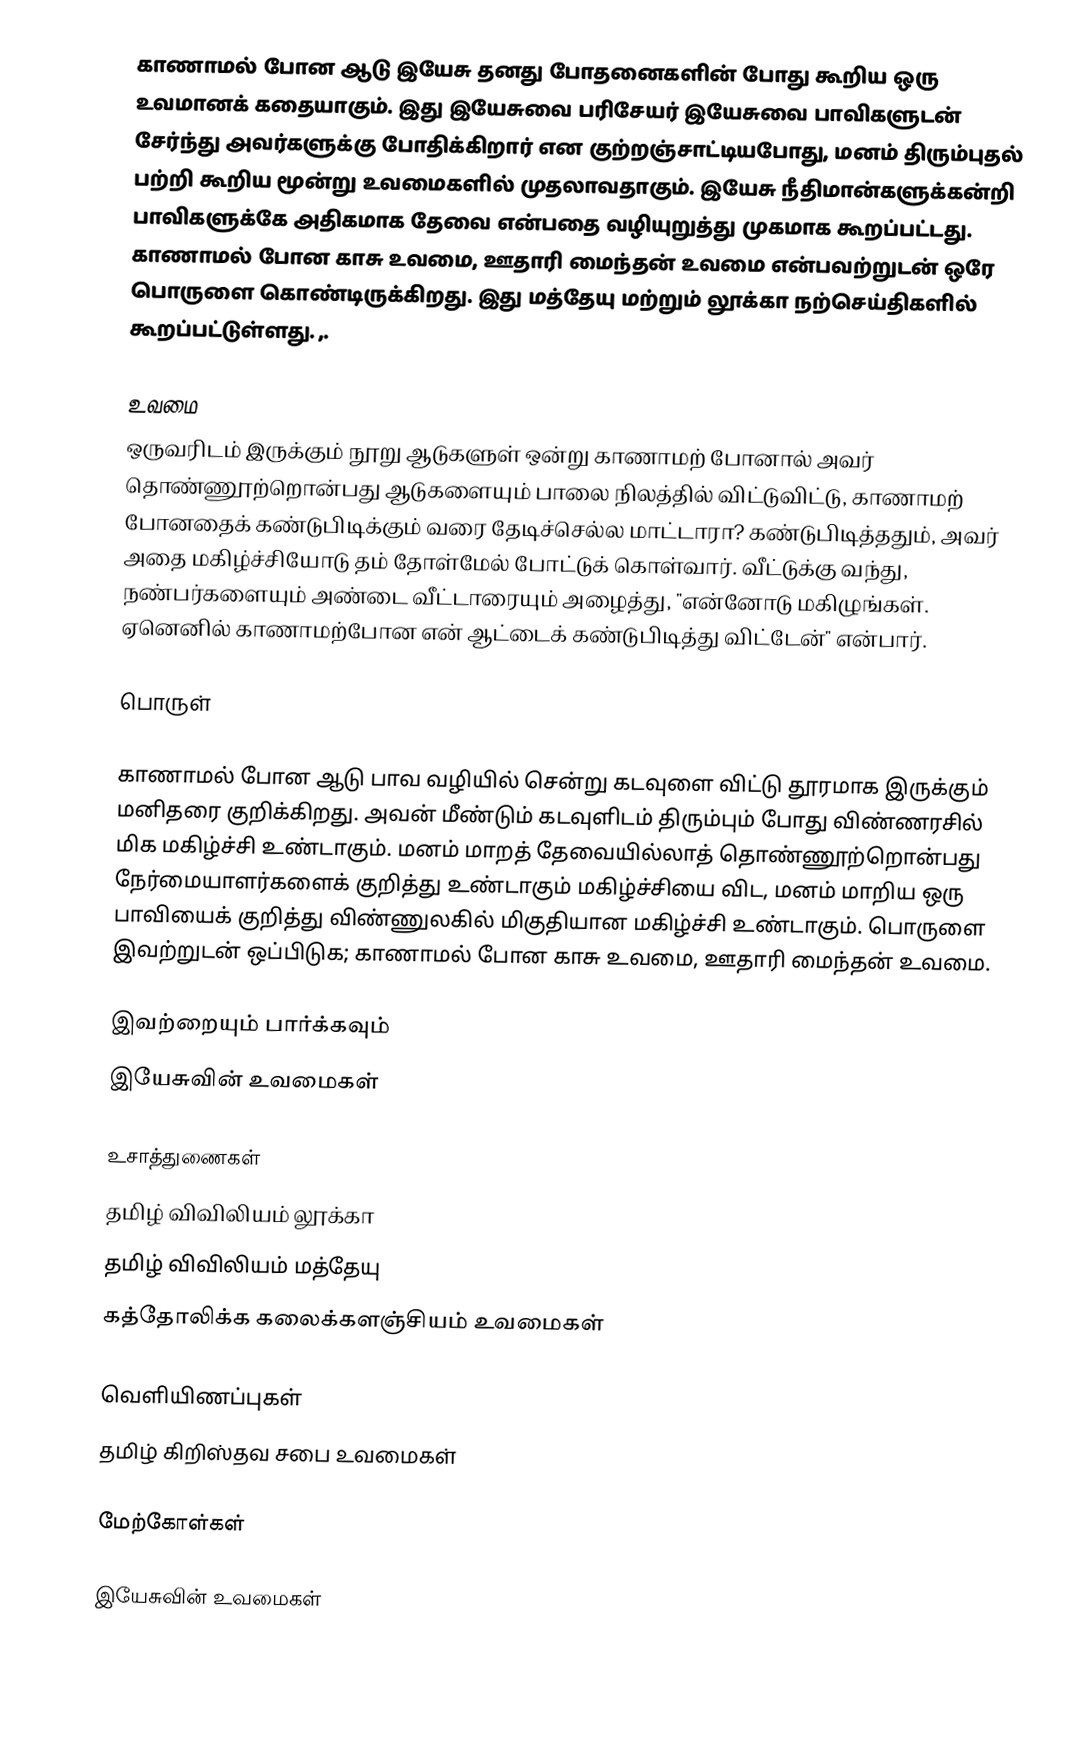
காணாமல் போன ஆடு இயேசு தனது போதனைகளின் போது கூறிய ஒரு உவமானக் கதையாகும். இது இயேசுவை பரிசேயர் இயேசுவை பாவிகளுடன் சேர்ந்து அவர்களுக்கு போதிக்கிறார் என குற்றஞ்சாட்டியபோது, மனம் திரும்புதல் பற்றி கூறிய மூன்று உவமைகளில் முதலாவதாகும். இயேசு நீதிமான்களுக்கன்றி பாவிகளுக்கே அதிகமாக தேவை என்பதை வழியுறுத்து முகமாக கூறப்பட்டது. காணாமல் போன காசு உவமை, ஊதாரி மைந்தன் உவமை என்பவற்றுடன் ஒரே பொருளை கொண்டிருக்கிறது. இது மத்தேயு மற்றும் லூக்கா நற்செய்திகளில் கூறப்பட்டுள்ளது. ,.

உவமை
ஒருவரிடம் இருக்கும் நூறு ஆடுகளுள் ஒன்று காணாமற் போனால் அவர் தொண்ணூற்றொன்பது ஆடுகளையும் பாலை நிலத்தில் விட்டுவிட்டு, காணாமற் போனதைக் கண்டுபிடிக்கும் வரை தேடிச்செல்ல மாட்டாரா? கண்டுபிடித்ததும், அவர் அதை மகிழ்ச்சியோடு தம் தோள்மேல் போட்டுக் கொள்வார். வீட்டுக்கு வந்து, நண்பர்களையும் அண்டை வீட்டாரையும் அழைத்து, "என்னோடு மகிழுங்கள். ஏனெனில் காணாமற்போன என் ஆட்டைக் கண்டுபிடித்து விட்டேன்" என்பார்.

பொருள்

காணாமல் போன ஆடு பாவ வழியில் சென்று கடவுளை விட்டு தூரமாக இருக்கும் மனிதரை குறிக்கிறது. அவன் மீண்டும் கடவுளிடம் திரும்பும் போது விண்ணரசில் மிக மகிழ்ச்சி உண்டாகும். மனம் மாறத் தேவையில்லாத் தொண்ணூற்றொன்பது நேர்மையாளர்களைக் குறித்து உண்டாகும் மகிழ்ச்சியை விட, மனம் மாறிய ஒரு பாவியைக் குறித்து விண்ணுலகில் மிகுதியான மகிழ்ச்சி உண்டாகும். பொருளை இவற்றுடன் ஒப்பிடுக; காணாமல் போன காசு உவமை, ஊதாரி மைந்தன் உவமை.

இவற்றையும் பார்க்கவும்
 இயேசுவின் உவமைகள்

உசாத்துணைகள்
 தமிழ் விவிலியம் லூக்கா
 தமிழ் விவிலியம் மத்தேயு
 கத்தோலிக்க கலைக்களஞ்சியம் உவமைகள்

வெளியிணப்புகள்
 தமிழ் கிறிஸ்தவ சபை  உவமைகள்

மேற்கோள்கள்

இயேசுவின் உவமைகள்